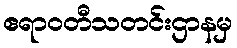
ဧရာဝတီသတင်းဌာနမှ